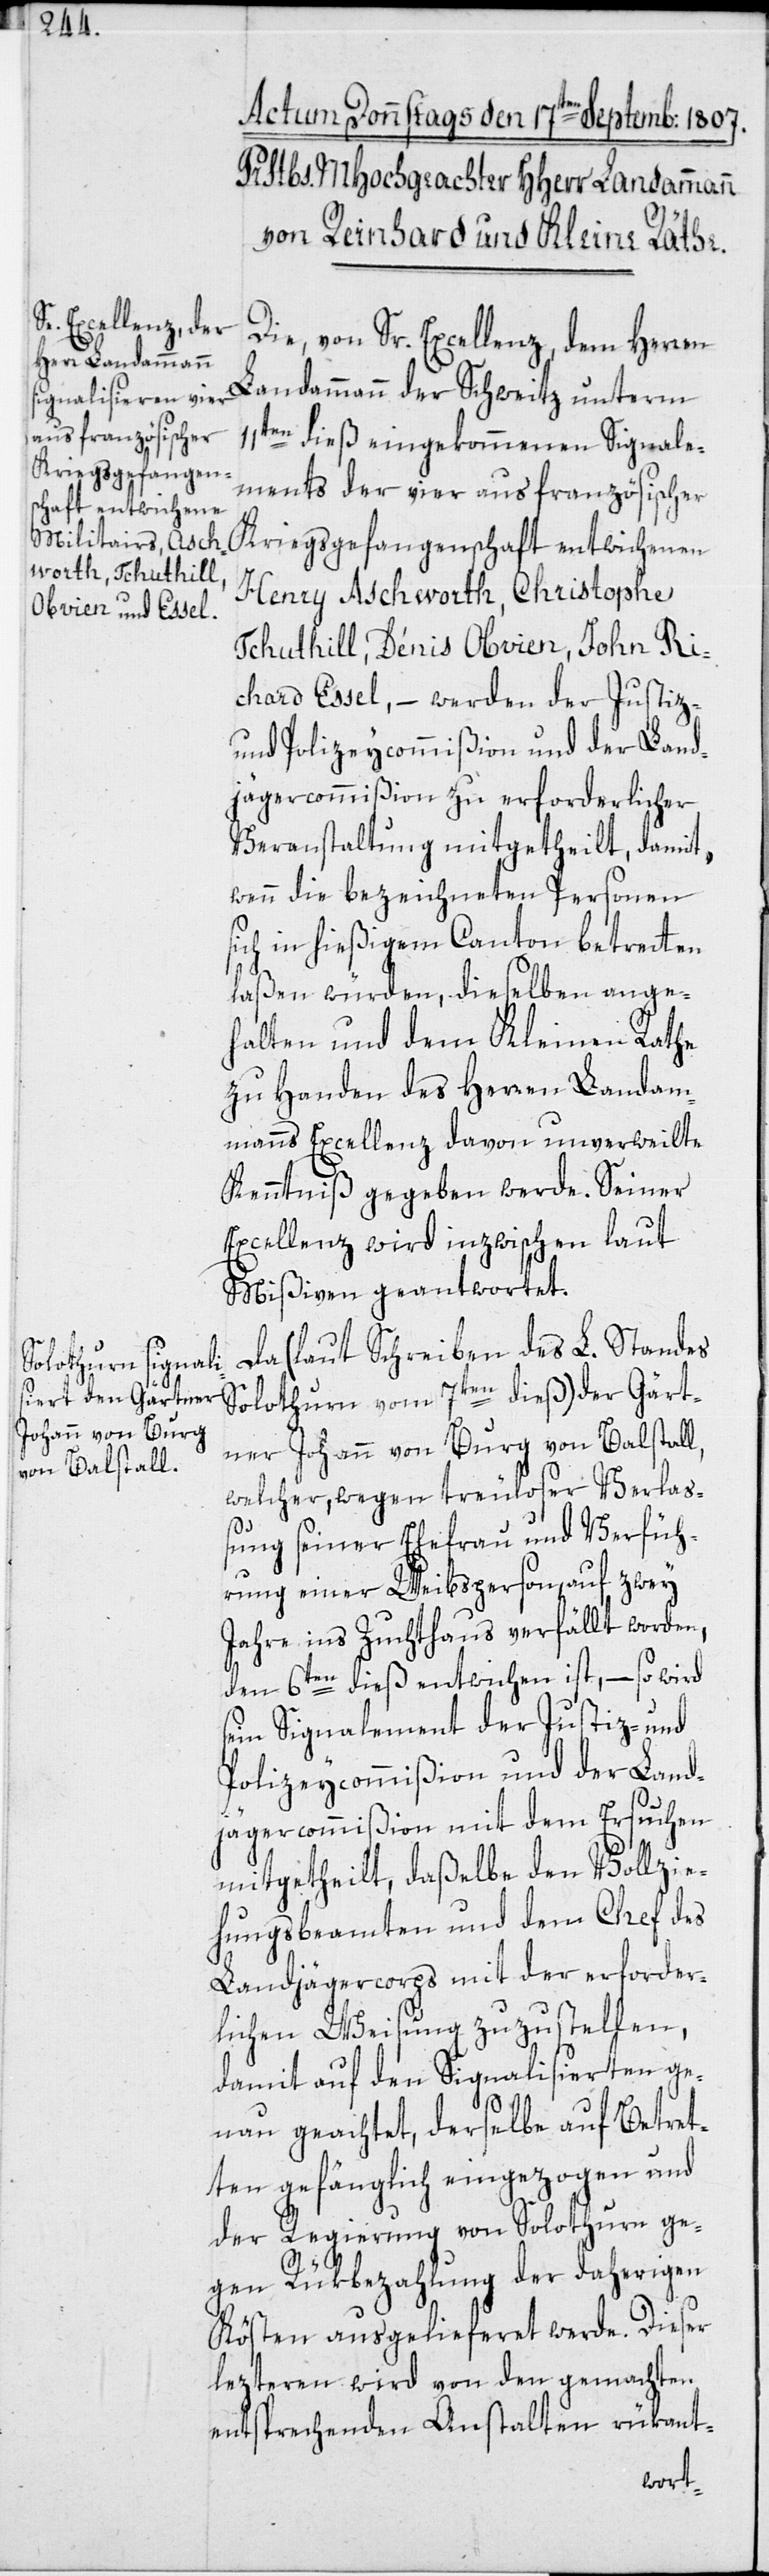
Die, von Sr. Excellenz, dem Herren
Landammann der Schweitz unterm
11ten dieß eingekommenen Signale¬
ments der vier aus französischer
Kriegsgefangenschaft entwichenen
Henry Aschworth, Christophe
Tchuthill, Dénis Obvien, John Ri¬
chard Essel, – werden der Justiz-
und Polizeycommißion und der Land¬
jägercommißion zu erforderlicher
Veranstaltung mitgetheilt, damit,
wenn die bezeichneten Personen
sich in hießigem Canton betretten
laßen würden, dieselben ange¬
halten und dem Kleinen Rathe
zu Handen des Herren Landam¬
manns Excellenz davon unverweilte
Kenntniß gegeben werde. Seiner
Excellenz wird inzwischen laut
Mißiven geantwortet.
Da (laut Schreiben des L. Standes
Solothurn vom 7ten dieß) der Gärt¬
ner Johann von Burg von Balstall,
welcher, wegen treuloser Verlaß¬
ung seiner Ehefrau und Verfüh¬
rung einer Weibsperson, auf zwey
Jahre ins Zuchthaus verfällt worden,
den 6ten dieß entwichen ist, – so wird
sein Signalement der Justiz- und
Polizeycommißion und der Land¬
jägercommißion mit dem Ersuchen
mitgetheilt, daßelbe den Vollzie¬
hungsbeamten und dem Chef des
Landjägercorps mit der erforder¬
lichen Weisung zuzustellen,
damit auf den Signalisierten ge¬
nau geachtet, derselbe auf Betret¬
ten gefänglich eingezogen und
der Regierung von Solothurn ge¬
gen Rükbezahlung der daherigen
Kösten ausgelieferet werde. Dieser
lezteren wird von den gemachten
entsprechenden Anstalten rükant-